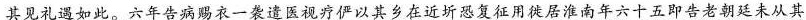
\underline{其见礼遇如此} 。六年告病赐衣一袭遣医视疗俨以其乡在近圻恐复征用徙居淮南年六十五即告老朝廷未从其